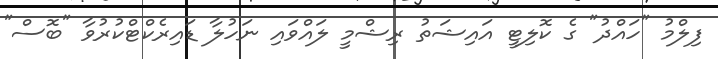
ފިލްމު "ހައްދު" ގެ ކޮލިޓީ އައިޝަތު ރިޝްމީ ލައްވައި ނަހުލާ ޑައިރެކްޓްކުރުވާ "ބޮސް"